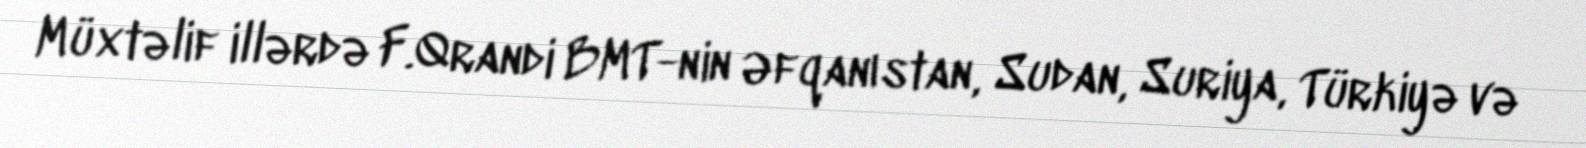
Müxtəlif illərdə F.Qrandi BMT-nin Əfqanıstan, Sudan, Suriya, Türkiyə və